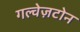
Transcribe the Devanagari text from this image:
गल्वेज़टोन